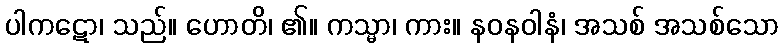
ပါကဋော၊ သည်။ ဟောတိ၊ ၏။ ကသ္မာ၊ ကား။ နဝနဝါနံ၊ အသစ် အသစ်သော